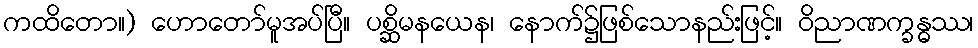
ကထိတော။) ဟောတော်မူအပ်ပြီ။ ပစ္ဆိမနယေန၊ နောက်၌ဖြစ်သောနည်းဖြင့်။ ဝိညာဏက္ခန္ဓဿ၊